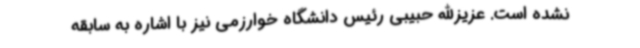
نشده است. عزیزالله حبیبی رئیس دانشگاه خوارزمی نیز با اشاره به سابقه